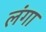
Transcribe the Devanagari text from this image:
लंगा